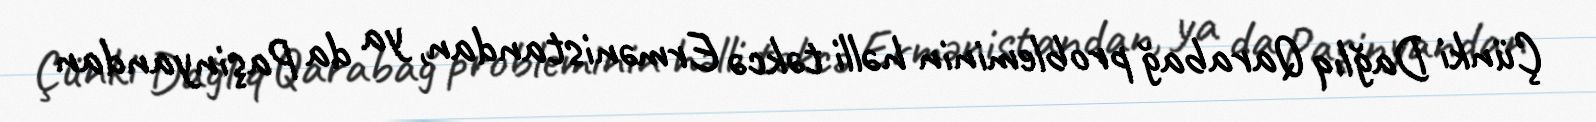
Çünki Dağlıq Qarabağ probleminin həlli təkcə Ermənistandan, ya da Paşinyandan